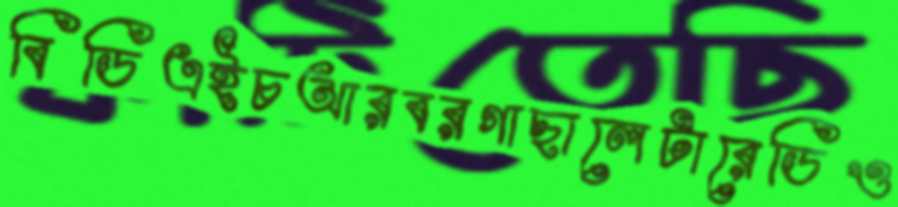
বিডিএইচআরবরগাছালেটারেডিও